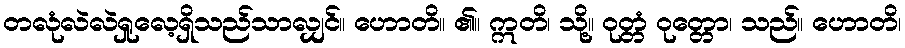
တလုံလဲလဲရှုလေ့ရှိသည်သာလျှင်။ ဟောတိ။ ၏။ ဣတိ၊ သို့။ ဝုတ္တံ ဝုတ္တော၊ သည်။ ဟောတိ၊